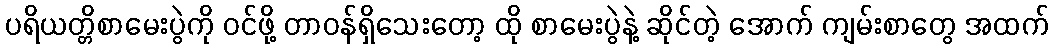
ပရိယတ္တိစာမေးပွဲကို ဝင်ဖို့ တာဝန်ရှိသေးတော့ ထို စာမေးပွဲနဲ့ ဆိုင်တဲ့ အောက် ကျမ်းစာတွေ အထက်